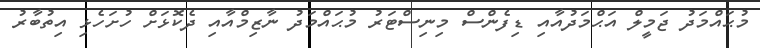
މުޙައްމަދު ޖަމީލް އަޙްމަދުއާއި ޑިފެންސް މިނިސްޓަރު މުޙައްމަދު ނާޒިމްއާއި ދެކޮޅަށް ހުށަހެޅި އިތުބާރު